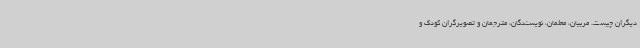
دیگران چیست. مربیان، معلمان، نویسندگان، مترجمان و تصویرگران کودک و